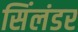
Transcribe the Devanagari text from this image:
सिंलंडर